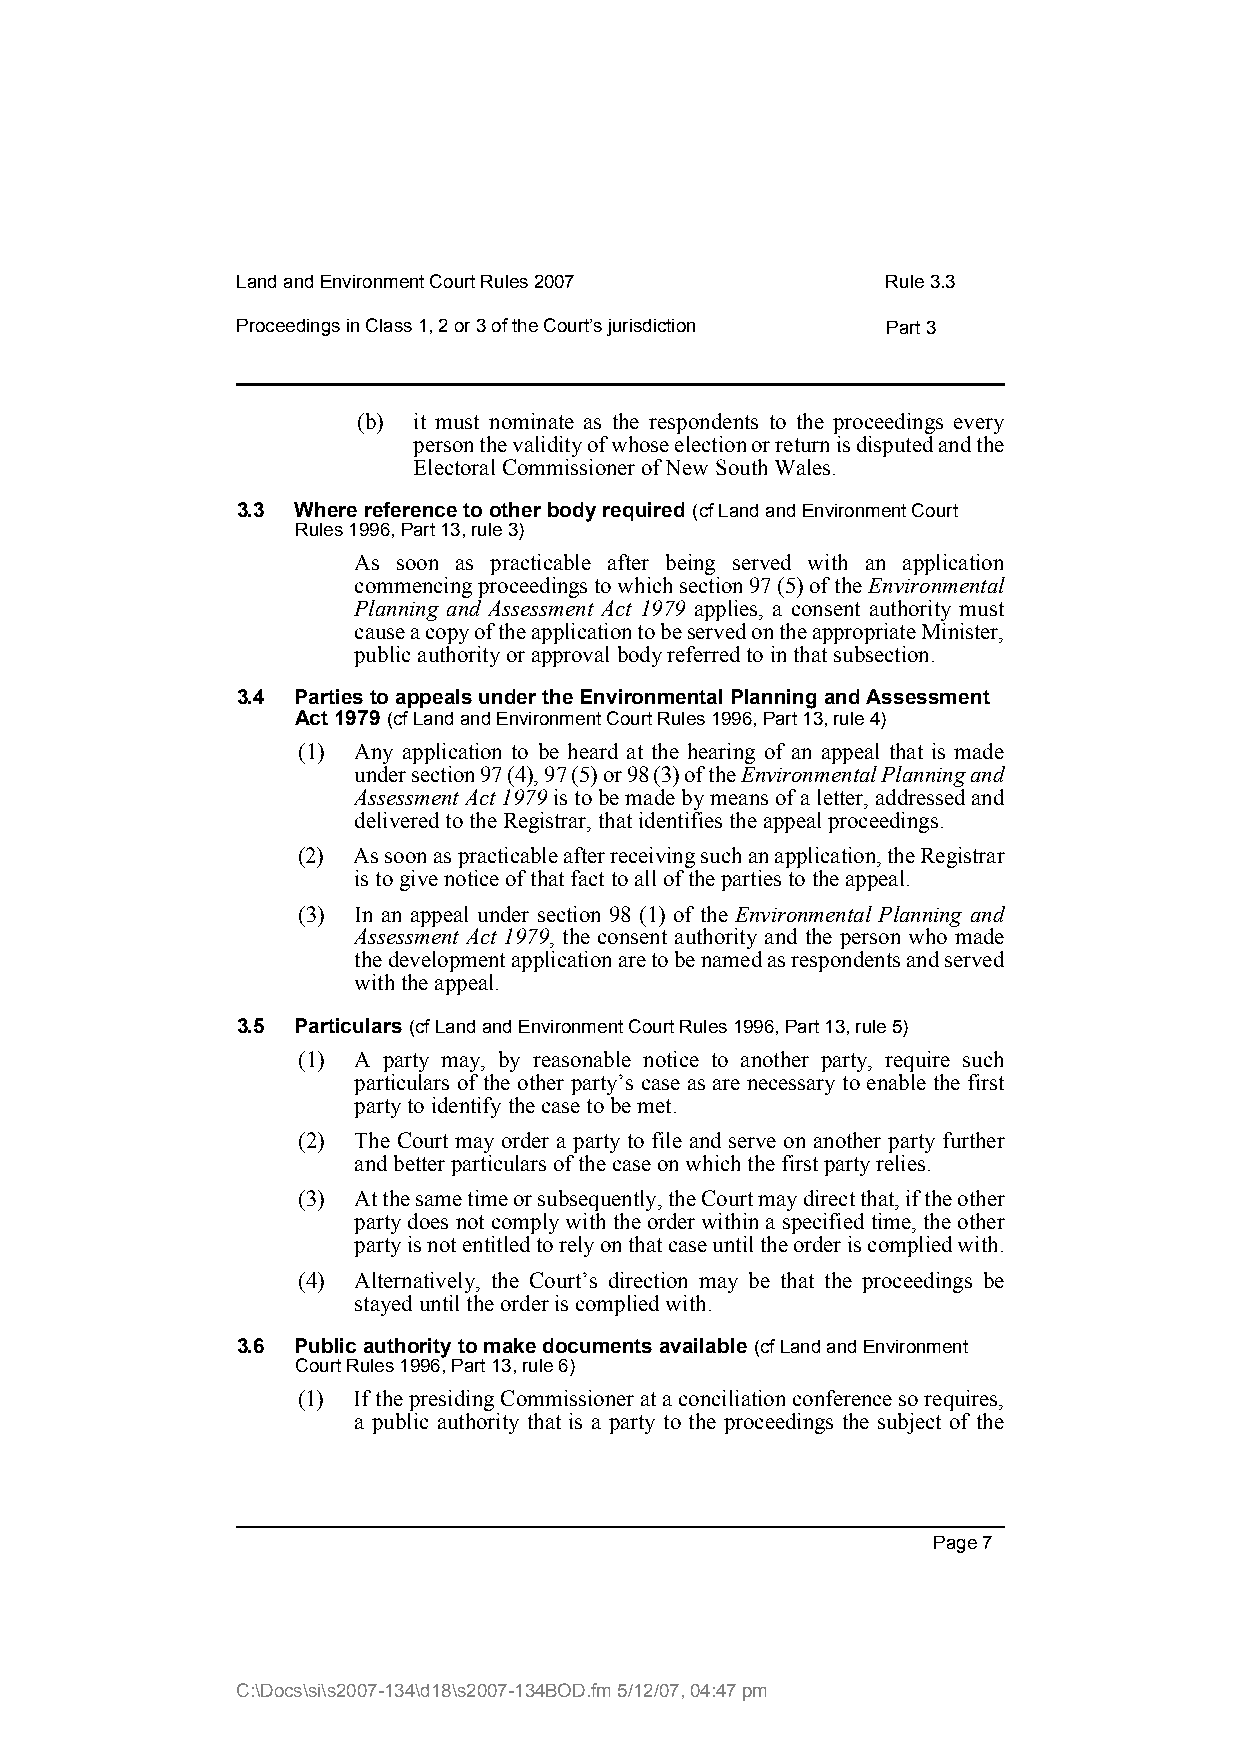
Land and Environment Court Rules 2007      Rule 3.3
 Proceedings in Class 1, 2 or 3 of the Court’s jurisdiction Part 3
 (b) it must nominate as the respondents to the proceedings every
 person the validity of whose election or return is disputed and the
 Electoral Commissioner of New South Wales.
 3.3 Where reference to other body required (cf Land and Environment Court
 Rules 1996, Part 13, rule 3)
 As soon as practicable after being served with an application
 commencing proceedings to which section 97 (5) of the Environmental
 Planning and Assessment Act 1979 applies, a consent authority must
 cause a copy of the application to be served on the appropriate Minister,
 public authority or approval body referred to in that subsection.
 3.4 Parties to appeals under the Environmental Planning and Assessment
 Act 1979 (cf Land and Environment Court Rules 1996, Part 13, rule 4)
 (1) Any application to be heard at the hearing of an appeal that is made
 under section 97 (4), 97 (5) or 98 (3) of the Environmental Planning and
 Assessment Act 1979 is to be made by means of a letter, addressed and
 delivered to the Registrar, that identifies the appeal proceedings.
 (2) As soon as practicable after receiving such an application, the Registrar
 is to give notice of that fact to all of the parties to the appeal.
 (3) In an appeal under section 98 (1) of the Environmental Planning and
 Assessment Act 1979, the consent authority and the person who made
 the development application are to be named as respondents and served
 with the appeal.
 3.5 Particulars (cf Land and Environment Court Rules 1996, Part 13, rule 5)
 (1) A party may, by reasonable notice to another party, require such
 particulars of the other party’s case as are necessary to enable the first
 party to identify the case to be met.
 (2) The Court may order a party to file and serve on another party further
 and better particulars of the case on which the first party relies.
 (3) At the same time or subsequently, the Court may direct that, if the other
 party does not comply with the order within a specified time, the other
 party is not entitled to rely on that case until the order is complied with.
 (4) Alternatively, the Court’s direction may be that the proceedings be
 stayed until the order is complied with.
 3.6 Public authority to make documents available (cf Land and Environment
 Court Rules 1996, Part 13, rule 6)
 (1) If the presiding Commissioner at a conciliation conference so requires,
 a public authority that is a party to the proceedings the subject of the
 Page 7
 C:\Docs\si\s2007-134\d18\s2007-134BOD.fm 5/12/07, 04:47 pm